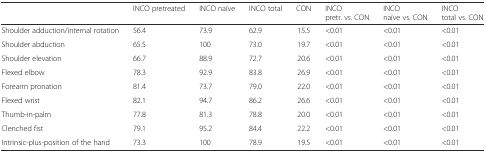
<table><thead><tr><td></td><td><b>INCO pretreated</b></td><td><b>INCO naïve</b></td><td><b>INCO total</b></td><td><b>CON</b></td><td><b>INCO pretr. vs. CON</b></td><td><b>INCO naïve vs. CON</b></td><td><b>INCO total vs. CON</b></td></tr></thead><tbody><tr><td>Shoulder adduction/internal rotation</td><td>56.4</td><td>73.9</td><td>62.9</td><td>15.5</td><td>&lt;0.01</td><td>&lt;0.01</td><td>&lt;0.01</td></tr><tr><td>Shoulder abduction</td><td>65.5</td><td>100</td><td>73.0</td><td>19.7</td><td>&lt;0.01</td><td>&lt;0.01</td><td>&lt;0.01</td></tr><tr><td>Shoulder elevation</td><td>66.7</td><td>88.9</td><td>72.7</td><td>20.6</td><td>&lt;0.01</td><td>&lt;0.01</td><td>&lt;0.01</td></tr><tr><td>Flexed elbow</td><td>78.3</td><td>92.9</td><td>83.8</td><td>26.9</td><td>&lt;0.01</td><td>&lt;0.01</td><td>&lt;0.01</td></tr><tr><td>Forearm pronation</td><td>81.4</td><td>73.7</td><td>79.0</td><td>22.0</td><td>&lt;0.01</td><td>&lt;0.01</td><td>&lt;0.01</td></tr><tr><td>Flexed wrist</td><td>82.1</td><td>94.7</td><td>86.2</td><td>26.6</td><td>&lt;0.01</td><td>&lt;0.01</td><td>&lt;0.01</td></tr><tr><td>Thumb-in-palm</td><td>77.8</td><td>81.3</td><td>78.8</td><td>20.0</td><td>&lt;0.01</td><td>&lt;0.01</td><td>&lt;0.01</td></tr><tr><td>Clenched fist</td><td>79.1</td><td>95.2</td><td>84.4</td><td>22.2</td><td>&lt;0.01</td><td>&lt;0.01</td><td>&lt;0.01</td></tr><tr><td>Intrinsic-plus-position of the hand</td><td>73.3</td><td>100</td><td>78.9</td><td>19.5</td><td>&lt;0.01</td><td>&lt;0.01</td><td>&lt;0.01</td></tr></tbody></table>